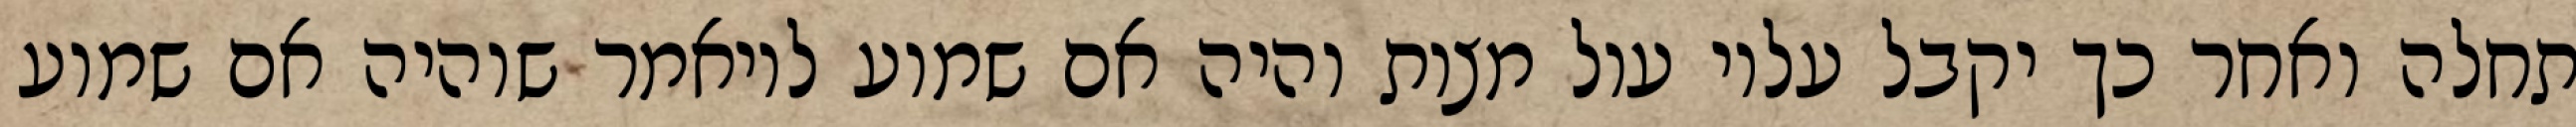
תחלה ואחר כך יקבל עליו עול מצות והיה אם שמוע לויאמר שוהיה אם שמוע